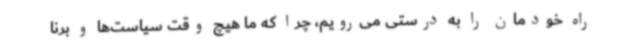
راه خودمان را به درستی می‌رویم، چرا که ما هیچ وقت سیاست‌ها و برنا